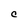
Character: C